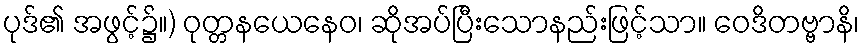
ပုဒ်၏ အဖွင့်၌။) ဝုတ္တနယေနေဝ၊ ဆိုအပ်ပြီးသောနည်းဖြင့်သာ။ ဝေဒိတဗ္ဗာနိ၊